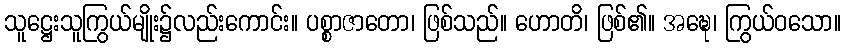
သူဋ္ဌေးသူကြွယ်မျိုး၌လည်းကောင်း။ ပစ္စာဇာတော၊ ဖြစ်သည်။ ဟောတိ၊ ဖြစ်၏။ အဍ္ဎေ၊ ကြွယ်ဝသော။